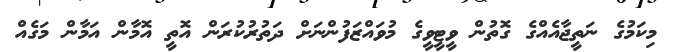
މިކަމުގެ ނަތީޖާއެއްގެ ގޮތުން ވީޓީވީގެ މުވައްޒަފުންނަށް ދަތުރުކުރަން އޮތީ އޮމާން އަމާން މަގެއް